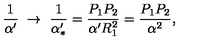
{ \frac { 1 } { \alpha ^ { \prime } } } \ \to \ { \frac { 1 } { \alpha _ { * } ^ { \prime } } } = { \frac { P _ { 1 } P _ { 2 } } { \alpha ^ { \prime } R _ { 1 } ^ { 2 } } } = { \frac { P _ { 1 } P _ { 2 } } { \alpha ^ { 2 } } } ,